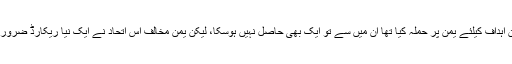
بن سلمان نے جن اہداف کیلئے یمن پر حملہ کیا تھا ان میں سے تو ایک بھی حاصل نہیں ہوسکا، لیکن یمن مخالف اس اتحاد نے ایک نیا ریکارڈ ضرور قائم کر دیا ہے۔